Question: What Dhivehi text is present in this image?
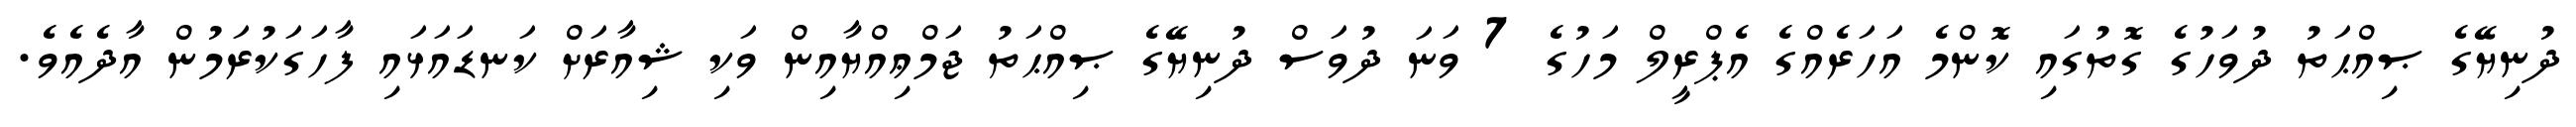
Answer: ދުނިޔޭގެ ޞިއްޙަތު ދުވަހުގެ ގޮތުގައި ކޮންމެ އަހަރެއްގެ އެޕްރީލް މަހުގެ 7 ވަނަ ދުވަސް ދުނިޔޭގެ ޞިއްޙަތު ޖަމްޢިއްޔާއިން ވަކި ޝިއާރަށް ކަނޑައަޅައި ފާހަގަކުރަމުން އާދެއެވެ.